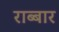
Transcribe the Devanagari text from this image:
राब्बार